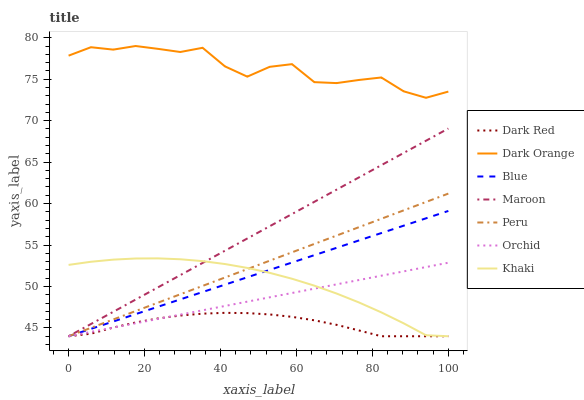
| xaxis_label | Dark Red | Dark Orange | Blue | Maroon | Peru | Orchid | Khaki |
 | --- | --- | --- | --- | --- | --- | --- | --- |
 | 0 | 44 | 77.8 | 44 | 44 | 44 | 44 | 52.6 |
 | 5.88 | 44.3 | 78.9 | 44.9 | 45.5 | 45 | 44.5 | 53 |
 | 11.8 | 45 | 78.6 | 45.8 | 46.9 | 46 | 45 | 53.2 |
 | 17.6 | 45.7 | 79 | 46.7 | 48.4 | 47 | 45.6 | 53.4 |
 | 23.5 | 46.1 | 78.7 | 47.6 | 49.9 | 48 | 46.1 | 53.4 |
 | 29.4 | 46.5 | 78.3 | 48.4 | 51.4 | 49.1 | 46.6 | 53.3 |
 | 35.3 | 46.7 | 78.8 | 49.3 | 52.8 | 50.1 | 47.1 | 53.1 |
 | 41.2 | 46.8 | 76.5 | 50.2 | 54.3 | 51.1 | 47.7 | 52.7 |
 | 47.1 | 46.8 | 75.3 | 51.1 | 55.8 | 52.1 | 48.2 | 52.2 |
 | 52.9 | 46.6 | 76.5 | 52 | 57.3 | 53.1 | 48.7 | 51.6 |
 | 58.8 | 46.3 | 76.8 | 52.9 | 58.7 | 54.1 | 49.2 | 50.9 |
 | 64.7 | 45.9 | 74.6 | 53.8 | 60.2 | 55.1 | 49.7 | 50.1 |
 | 70.6 | 45.4 | 74.5 | 54.7 | 61.7 | 56.1 | 50.3 | 49.1 |
 | 76.5 | 44.7 | 74.9 | 55.6 | 63.2 | 57.2 | 50.8 | 48.1 |
 | 82.4 | 44 | 75.2 | 56.4 | 64.6 | 58.2 | 51.3 | 46.9 |
 | 88.2 | 44 | 73.5 | 57.3 | 66.1 | 59.2 | 51.8 | 45.6 |
 | 94.1 | 44 | 72.8 | 58.2 | 67.6 | 60.2 | 52.3 | 44.1 |
 | 100 | 44 | 73.5 | 59.1 | 69.1 | 61.2 | 52.9 | 44 |